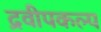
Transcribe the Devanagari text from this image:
द्रवीपकल्प